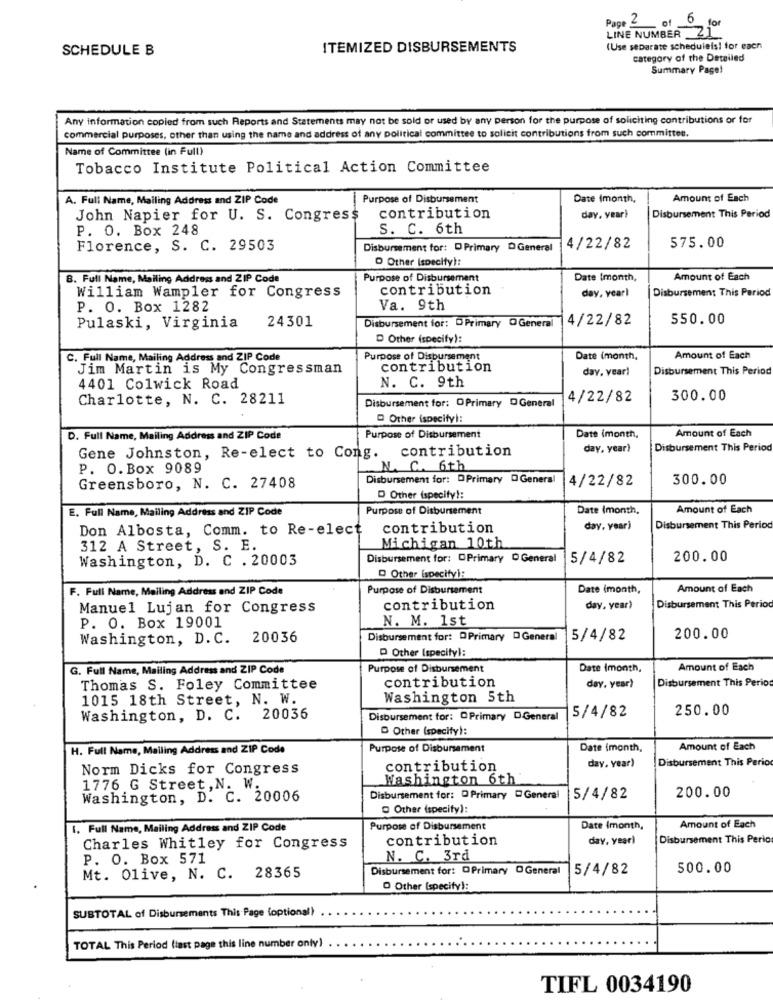
Page 2 of 6 for
LINE NUMBER 21
SCHEDULE B
ITEMIZED DISBURSEMENTS
(Use separate scheduleis! for each
category of the Detailed
Summary Page!
Any information copied from such Reports and Statements may not be sold or used by any person for the purpose of soliciting contributions or for
commercial purposes, other than using the name and address of any political committee to solicit contributions from such committee.
Name of Committee (in Full)
Tobacco Institute Political Action Committee
A. Full Name, Mailing Address and ZIP Code
Purpose of Disbursement
Date Imonth,
Amount of Each
John Napier for U. S. Congress
contribution
day, yeari
Disbursement This Period
P. O. Box 248
S. C. 6th
Florence, S. C. 29503
Disbursement for: DPrimary D General
4/22/82
575.00
O Other (specify):
B. Full Name, Mailing Address and ZIP Code
Purpose of Disbursement
Date Imonth,
Amount of Each
William Wampler for Congress
contribution
day, yearl
Disbursement This Period
P. O. Box 1282
Va. 9th
24301
Disbursement for: DPrimary OGeneral
14/22/82
550.00
Pulaski, Virginia
D Other (specify):
C. Full Name, Mailing Address and ZIP Code
Purpose of Disbursement
Date (month,
Amount of Each
Jim Martin is My Congressman
contribution
day, vearl
Disbursement This Period
N. C. 9th
4401 Colwick Road
Charlotte, N. C. 28211
Disbursement for: DPrimary DGeneral
4/22/82
300.00
Other ispecifyl:
D. Full Name, Mailing Address and ZIP Code
Purpose of Disbursement
Date (month,
Amount of Each
Gene Johnston, Re-elect to Cong. contribution
day, year)
Disbursement This Period
P. O.Box 9089
N. C. 6th
Disbursement for: DPrimary D General
4/22/82
300.00
Greensboro, N. C. 27408
D Other (specify !:
E. Full Name, Mailing Address and ZIP Code
Purpose of Disbursement
Date (month,
Amount of Each
Don Albosta, Comm. to Re-elect
contribution
day, year)
Disbursement This Period
312 A Street, S. E.
Michigan 10th
Washington, D. C . 20003
Disbursement for: DPrimary D General
5/4/82
200.00
Other (specify):
F. Full Name, Mailing Address and ZIP Code
Purpose of Disbursement
Date (month,
Amount of Each
Manuel Lujan for Congress
contribution
day, year)
Disbursement This Period
P. O. Box 19001
N. M. 1st
Washington, D. C.
20036
Disbursement for: DPrimary D General
5/4/82
200.00
D Other (specifyl:
G. Full Name, Mailing Address and ZIP Code
Purpose of Disbursement
Date Imonth,
Amount of Each
contribution
Disbursement This Perio
Thomas S. Foley Committee
day. year)
1015 18th Street, N. W.
Washington 5th
250.00
Washington, D. C. 20036
Disbursement for: OPrimary DGeneral
5/4/82
D Other (specify):
H. Full Name, Mailing Address and ZIP Code
Purpose of Disbursement
Date Imonth,
Amount of Each
Disbursement This Perio
Norm Dicks for Congress
contribution
day. year)
Washington 6th
1776 G Street, N. W.
Washington, D. C. 20006
Disbursement for: D Primary DGeneral
5/4/82
200.00
Other (specify):
1. Full Name, Mailing Address and ZIP Code
Purpose of Disbursement
Date Imonth,
Amount of Each
contribution
day, year)
Disbursement This Perio
Charles Whitley for Congress
P. O. Box 571
N. C. 3rd
Disbursement for: DPrimary @ General
5/4/82
500.00
Mt. Olive, N. C. 28365
O Other (specify):
SUBTOTAL of Disbursements This Page (optional)
TOTAL This Period (last page this line number only)
TIFL 0034190